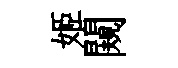
姬闚